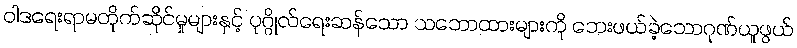
ဝါဒရေးရာမတိုက်ဆိုင်မှုများနှင့် ပုဂ္ဂိုလ်ရေးဆန်သော သဘောထားများကို ဘေးဖယ်ခဲ့သောဂုဏ်ယူဖွယ်